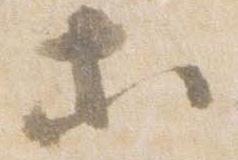
等